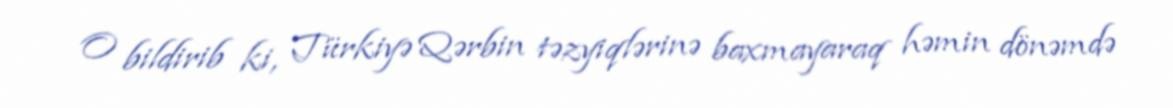
O bildirib ki, Türkiyə Qərbin təzyiqlərinə baxmayaraq həmin dönəmdə